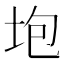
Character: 垉